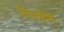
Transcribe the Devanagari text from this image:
ग्लिचेस